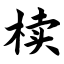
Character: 椟